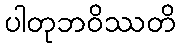
ပါတုဘဝိဿတိ